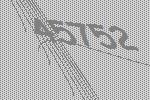
45752